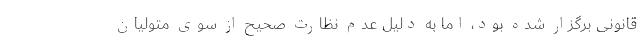
قانونی برگزار شده بود، اما به دلیل عدم نظارت صحیح از سوی متولیان